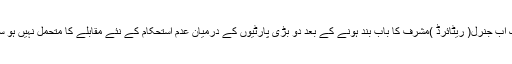
ملک اب جنرل( ریٹائرڈ )مشرف کا باب بند ہونے کے بعد دو بڑی پارٹیوں کے درمیان عدم استحکام کے نئے مقابلے کا متحمل نہیں ہو سکتا۔